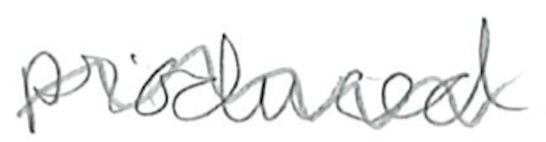
Text: produced
Cross-out: mix
Writing tool: pencil